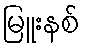
မြူးနစ်